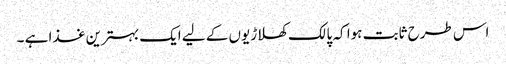
اس طرح ثابت ہوا کہ پالک کھلاڑیوں کے لیے ایک بہترین غذا ہے ۔